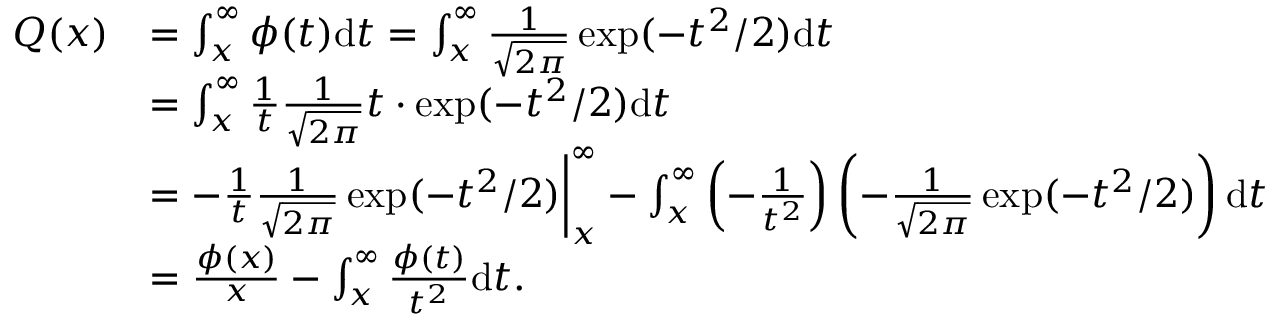
\begin{array} { r l } { Q ( x ) } & { = \int _ { x } ^ { \infty } \phi ( t ) \mathrm d t = \int _ { x } ^ { \infty } \frac { 1 } { \sqrt { 2 \pi } } \exp ( - t ^ { 2 } / 2 ) \mathrm d t } \\ & { = \int _ { x } ^ { \infty } \frac { 1 } { t } \frac { 1 } { \sqrt { 2 \pi } } t \cdot \exp ( - t ^ { 2 } / 2 ) \mathrm d t } \\ & { = - \frac { 1 } { t } \frac { 1 } { \sqrt { 2 \pi } } \exp ( - t ^ { 2 } / 2 ) \biggr \vert _ { x } ^ { \infty } - \int _ { x } ^ { \infty } \left( - \frac { 1 } { t ^ { 2 } } \right) \left( - \frac { 1 } { \sqrt { 2 \pi } } \exp ( - t ^ { 2 } / 2 ) \right) \mathrm d t } \\ & { = \frac { \phi ( x ) } { x } - \int _ { x } ^ { \infty } \frac { \phi ( t ) } { t ^ { 2 } } \mathrm d t . } \end{array}